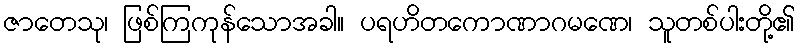
ဇာတေသု၊ ဖြစ်ကြကုန်သောအခါ။ ပရဟိတကောဏာဂမဏေ၊ သူတစ်ပါးတို့၏